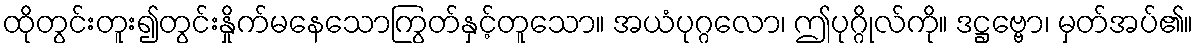
ထိုတွင်းတူး၍တွင်းနှိုက်မနေသောကြွတ်နှင့်တူသော။ အယံပုဂ္ဂလော၊ ဤပုဂ္ဂိုလ်ကို။ ဒဋ္ဌဗ္ဗော၊ မှတ်အပ်၏။